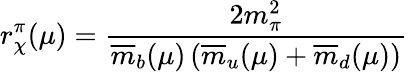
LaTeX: r_{\chi}^{\pi}(\mu)=\frac{2m_{\pi}^{2}}{\overline{{{m}}}_{b}(\mu)\, (\overline{{{m}}}_{u}(\mu)+\overline{{{m}}}_{d}(\mu))}